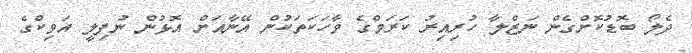
ދެލޯ ބޮޑުކޮށްގެން ނަޒްލާ ހުރިއިރު ކަރަމްގެ ވާހަކަތަކުން އޭނާއަށް އޮޅުން ނުފިލީ އަވިކްގެ